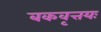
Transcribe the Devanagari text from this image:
बकवृत्तयः